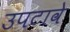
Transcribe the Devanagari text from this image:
उपटावे